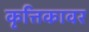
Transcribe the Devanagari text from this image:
कृत्तिकावर